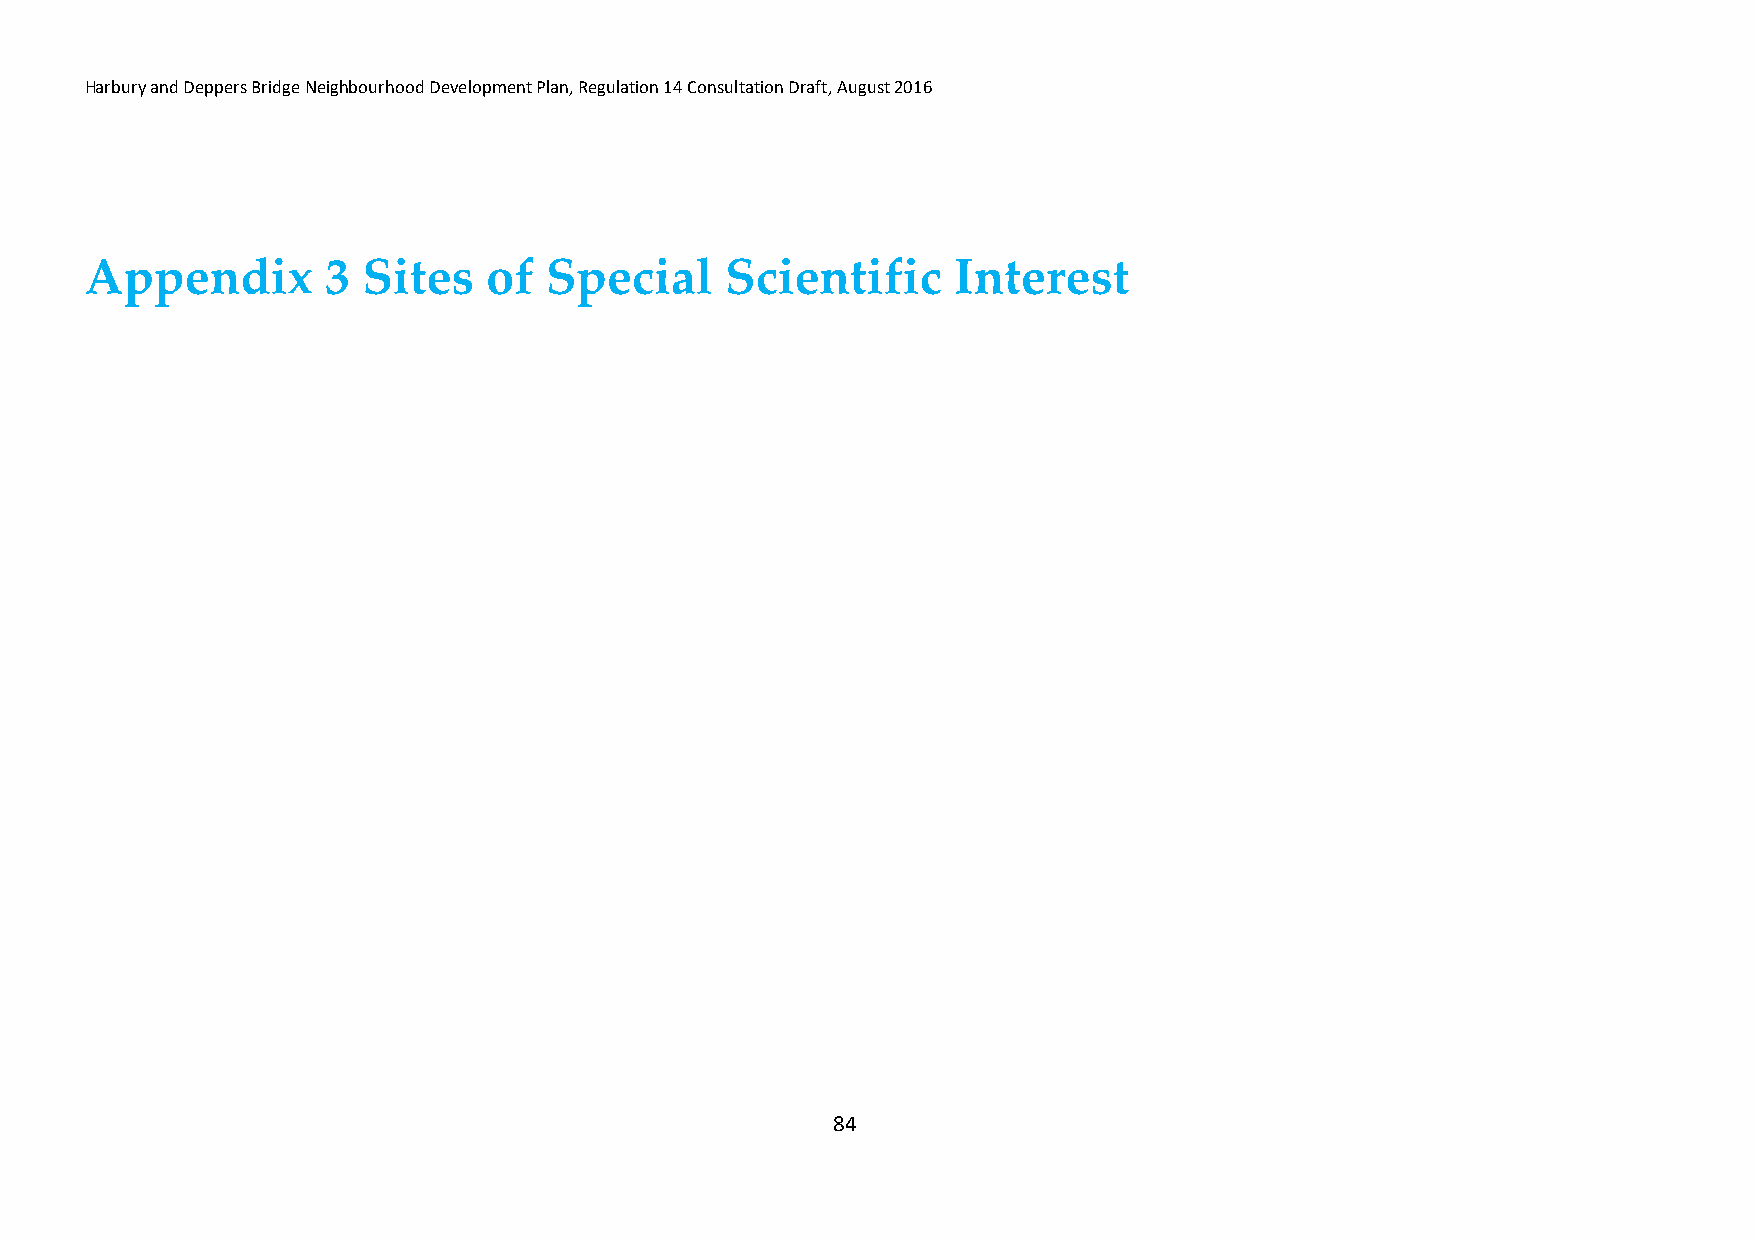
Harbury and Deppers Bridge Neighbourhood Development Plan, Regulation 14 Consultation Draft, August 2016
 Appendix        3 Sites   of  Special     Scientific     Interest
 84